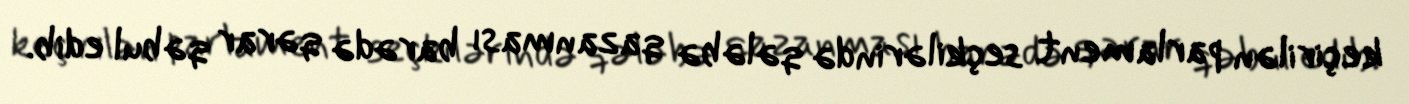
keçirilən parlament seçkilərində qələbə qazanması barədə qərar qəbul edib.